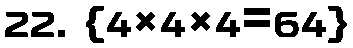
22. {4×4×4=64}